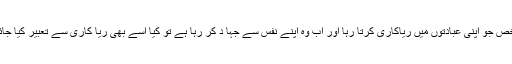
ایک شخص جو اپنی عبادتوں میں ریاکاری کرتا رہا اور اب وہ اپنے نفس سے جہا د کر رہا ہے تو کیا اسے بھی ریا کاری سے تعبیر کیا جائے گا ؟